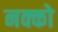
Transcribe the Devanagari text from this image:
नक्को